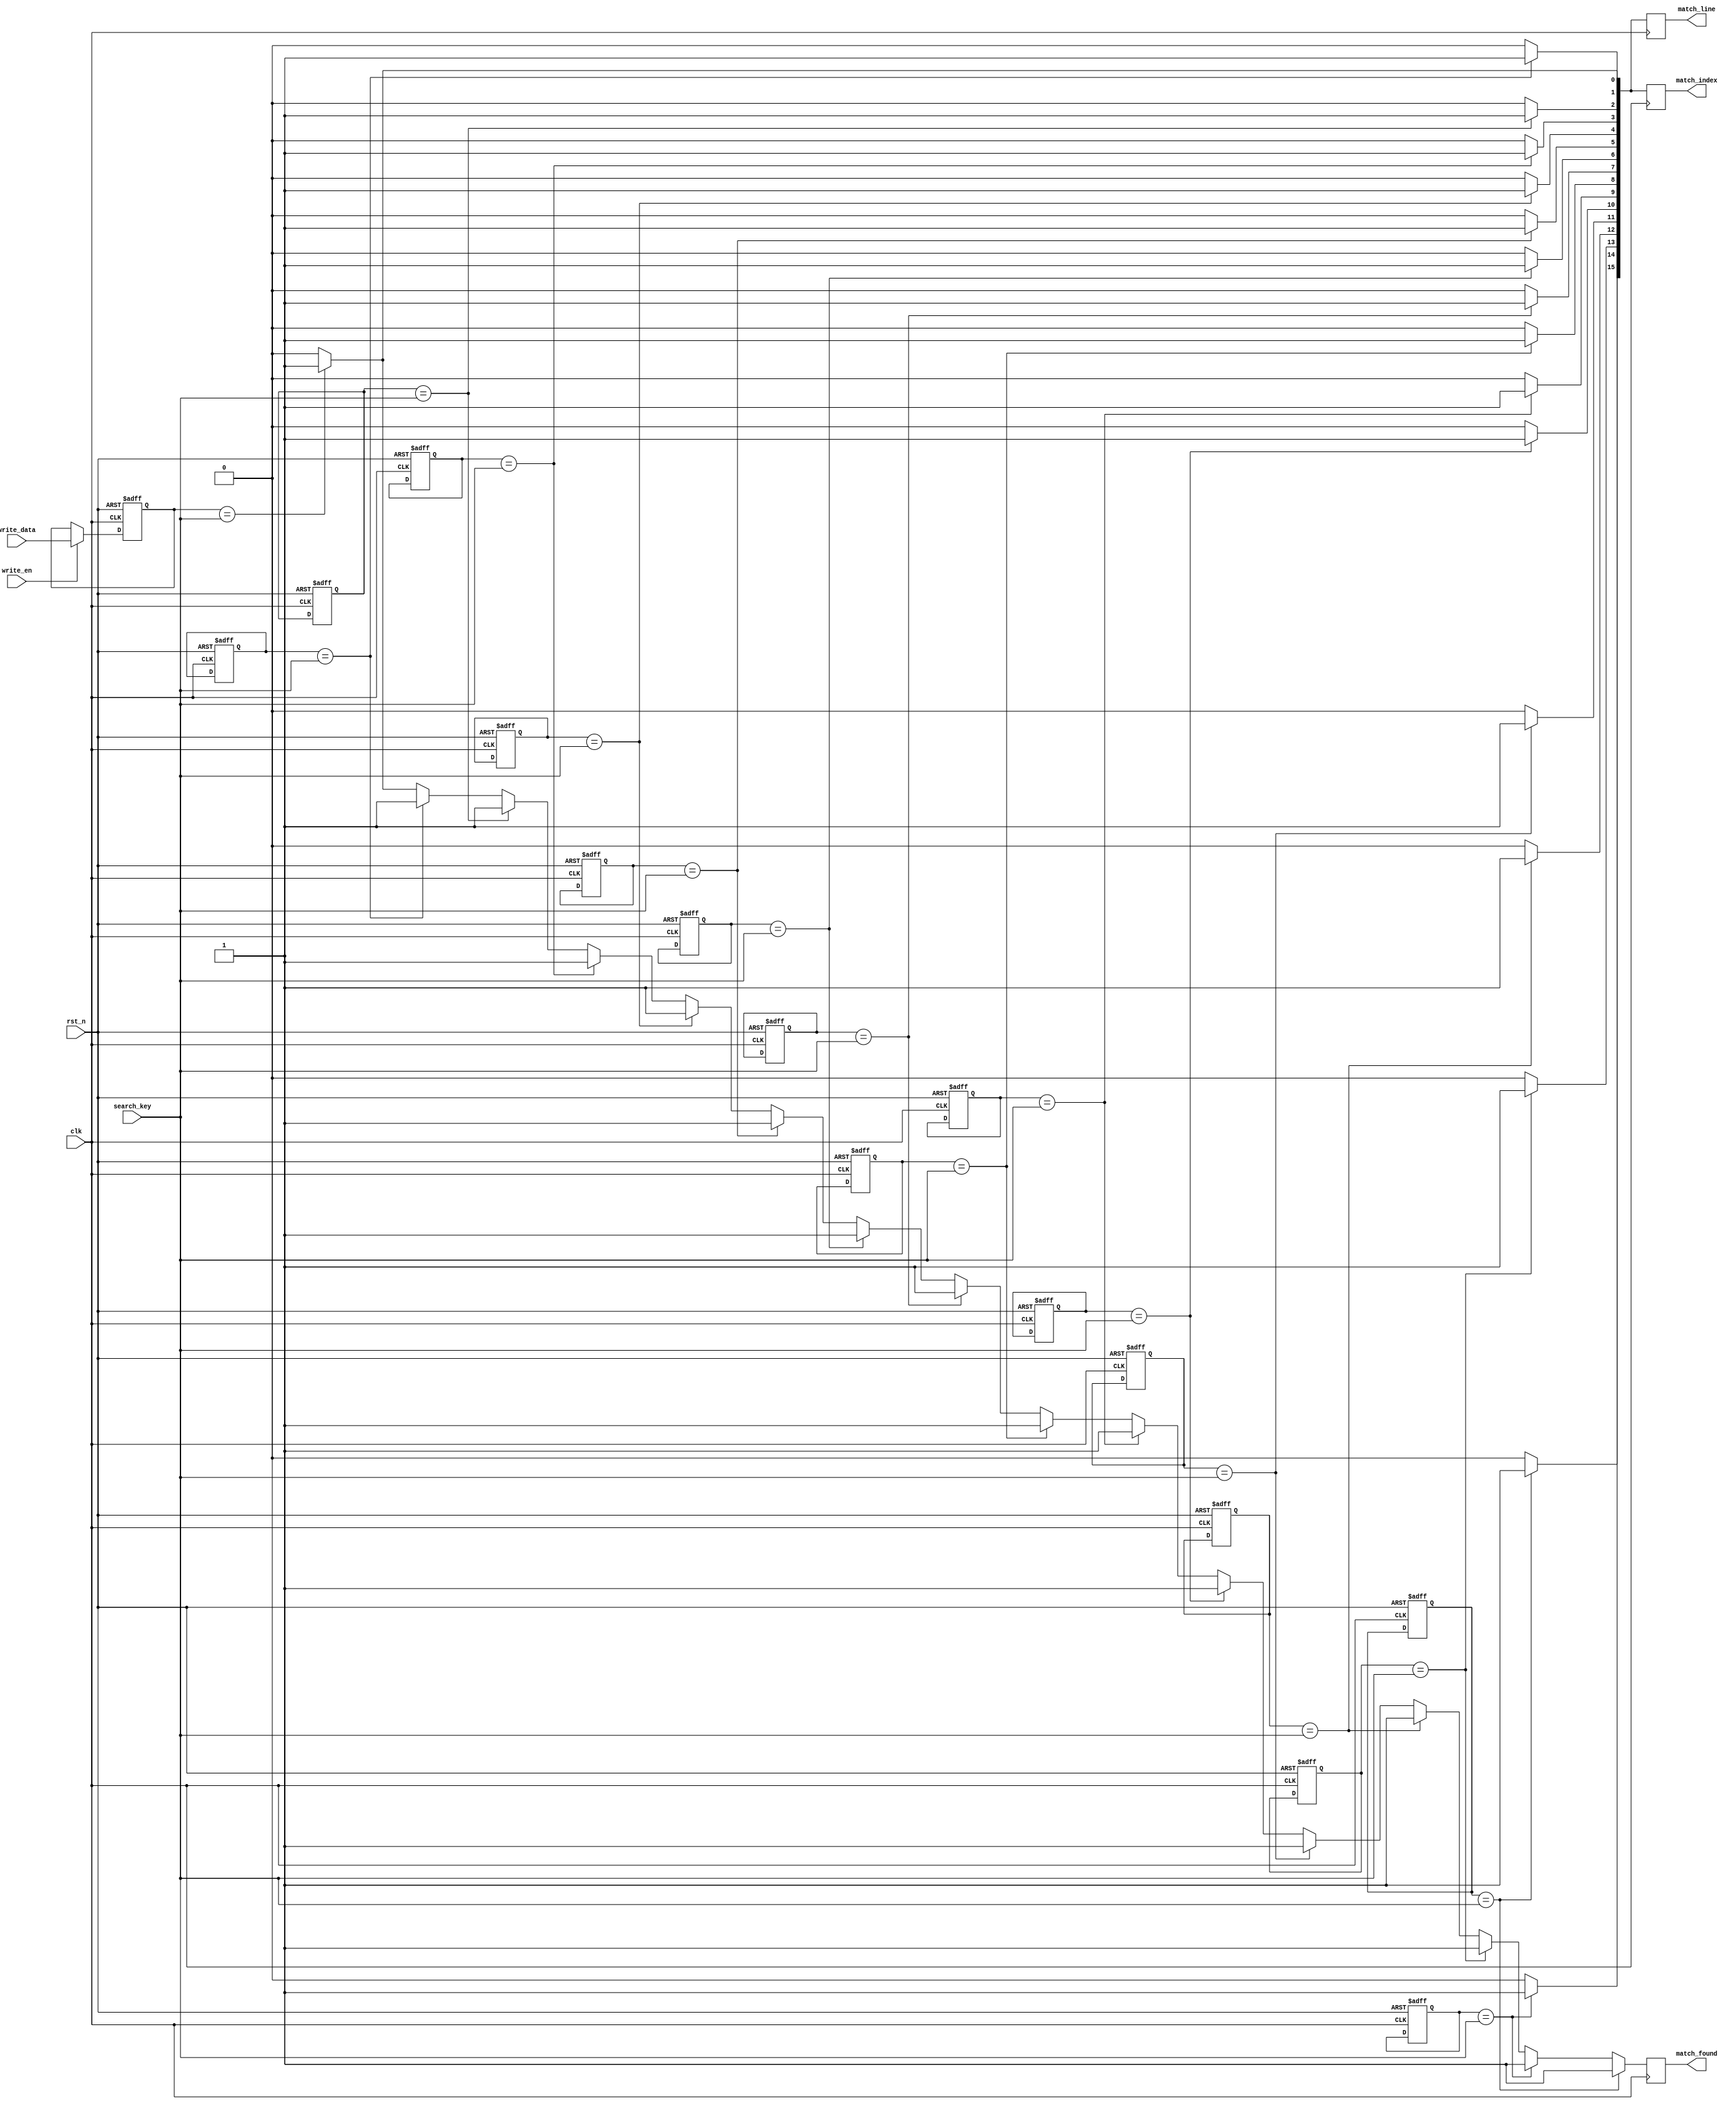
module CAM #(
  parameter DATA_WIDTH = 8,  // Width of each entry
  parameter DEPTH = 16        // Number of entries
)(
  input                   clk,            // Clock signal
  input                   rst_n,          // Active low reset
  input                   write_en,       // Write enable signal
  input  [DATA_WIDTH-1:0] write_data,     // Data to write
  input  [DATA_WIDTH-1:0] search_key,     // Search key
  output reg [DEPTH-1:0]  match_line,     // Match line output
  output reg [DEPTH-1:0]  match_index,    // Index of the matching entry
  output reg              match_found      // Match found indicator
);

  // Memory storage
  reg [DATA_WIDTH-1:0] memory [0:DEPTH-1];

  // Internal variables for indexing and matching
  integer i;

  // Write Operation
  always @(posedge clk or negedge rst_n) begin
    if (!rst_n) begin
      // Reset memory on reset signal
      for (i = 0; i < DEPTH; i = i + 1) begin
        memory[i] <= {DATA_WIDTH{1'b0}};
      end
    end else if (write_en) begin
      // Write data into memory (assuming we write to a fixed address for simplicity)
      memory[0] <= write_data; // Modify as needed for specific address
    end
  end

  // Search Operation
  always @(posedge clk) begin
    match_found = 1'b0;
    match_line = {DEPTH{1'b0}};
    match_index = {DEPTH{1'b0}};
    
    for (i = 0; i < DEPTH; i = i + 1) begin
      if (memory[i] == search_key) begin
        match_line[i] = 1'b1;  // Set match line
        match_index[i] = 1'b1; // Indicate matching index
        match_found = 1'b1;     // At least one match found
      end
    end
  end

endmodule